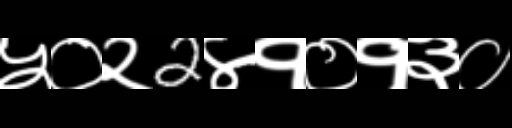
Text: ५०२2४१०१३०